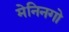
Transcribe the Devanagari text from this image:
मेनिनगो